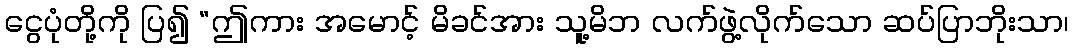
ငွေပုံတို့ကို ပြ၍ “ဤကား အမောင့် မိခင်အား သူ့မိဘ လက်ဖွဲ့လိုက်သော ဆပ်ပြာဘိုးသာ၊